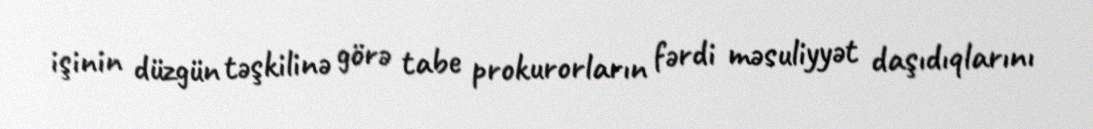
işinin düzgün təşkilinə görə tabe prokurorların fərdi məsuliyyət daşıdıqlarını